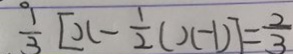
\frac { 1 } { 3 } [ x - \frac { 1 } { 2 } ( x - 1 ) ] = \frac { 2 } { 3 }